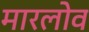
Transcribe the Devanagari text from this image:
मारलोव